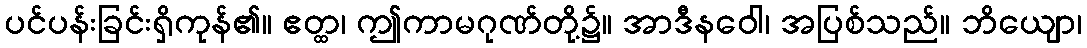
ပင်ပန်းခြင်းရှိကုန်၏။ ဧတ္ထ၊ ဤကာမဂုဏ်တို့၌။ အာဒီနဝေါ၊ အပြစ်သည်။ ဘိယျော၊